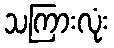
သကြားလုံး